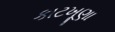
કાટખૂણા